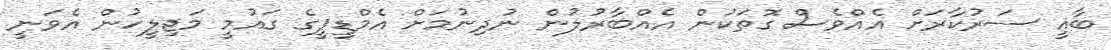
ބާޣީ ސަރުކާރަށް އެއްވެސް ގޮތަކުން އެއްބާރުލުން ނުދިނުމަށް އެމްޑީޕީގެ ގައުމީ މަޖިލީހުން އެވަނީ